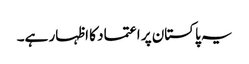
یہ پاکستان پر اعتماد کا اظہار ہے۔